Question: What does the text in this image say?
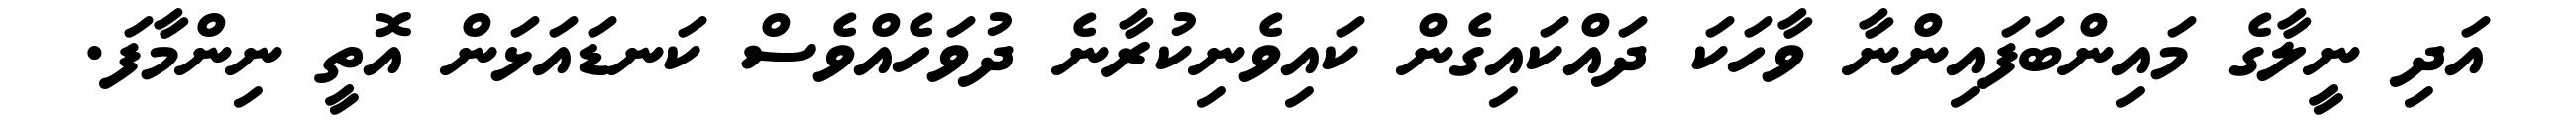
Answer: އަދި ނީލާގެ މައިންބަފައިންނާ ވާހަކަ ދައްކައިގެން ކައިވެނިކުރާނެ ދުވަހެއްވެސް ކަނޑައަޅަން އޮތީ ނިންމާފަ.